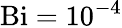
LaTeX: \mathrm{Bi=10^{-4}}